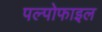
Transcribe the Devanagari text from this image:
पल्पोफाइल